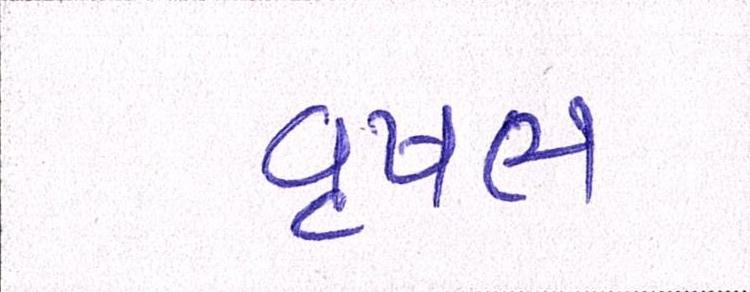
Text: વૃષભ